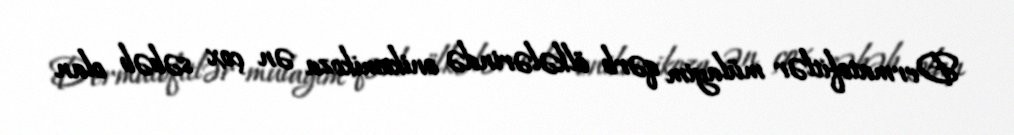
Dermatofitlər mülayim qərb ölkələrində onikomikoza ən çox səbəb olan